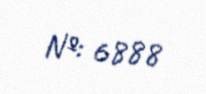
№: 6888